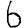
Digit: 6